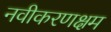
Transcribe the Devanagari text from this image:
नवीकरणक्षम